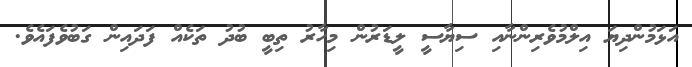
އަޅަމުންދިޔަ އިލްމުވެރިންނާއި ސިޔާސީ ލީޑަރުން މިހާރު ތިބީ ބުދު ތަކެއް ފަދައިން ގަބުވެފައެވެ.